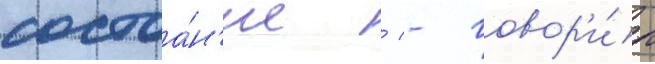
состоа́н'ие / - говор'и́л